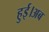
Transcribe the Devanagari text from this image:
हुई।अब